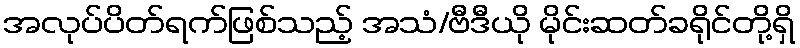
အလုပ်ပိတ်ရက်ဖြစ်သည့် အသံ/ဗီဒီယို မိုင်းဆတ်ခရိုင်တို့ရှိ